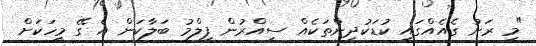
"މި ރަށު ގެއެއްގައި ކުޑަކުދިންތަކެއް ސިއްރުން ފިލްމު ބަލާކަން އެ ގޭ މީހަކަށް